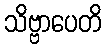
သိဗ္ဗာပေတိ